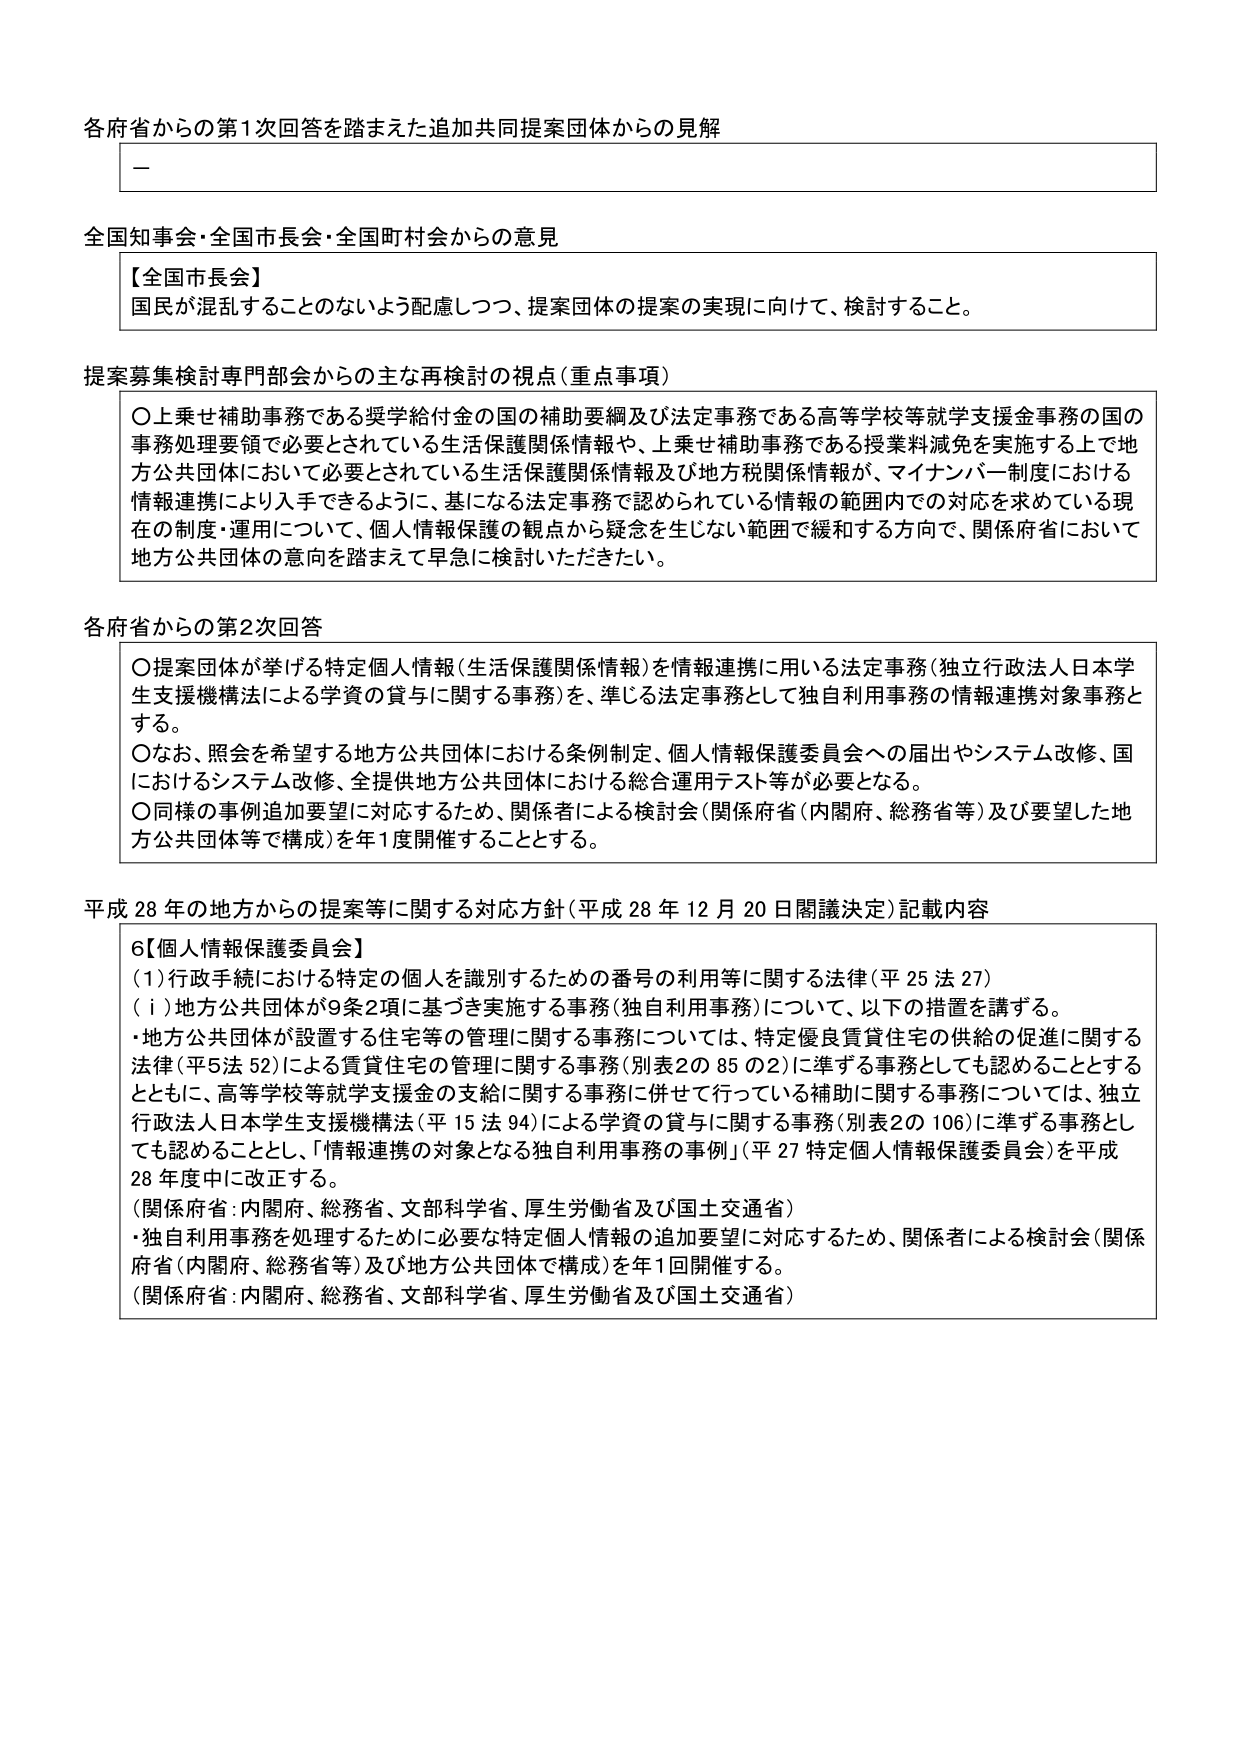
各府省からの第1次回答を踏まえた追加共同提案団体からの見解

—

全国知事会・全国市長会・全国町村会からの意見

【全国市長会】
国民が混乱することのないよう配慮しつつ、提案団体の提案の実現に向けて、検討すること。

提案募集検討専門部会からの主な再検討の視点（重点事項）

〇上乗せ補助事務である奨学給付金の国の補助要綱及び法定事務である高等学校等就学支援金事務の国の事務処理要領で必要とされている生活保護関係情報や、上乗せ補助事務である授業料減免を実施する上で地方公共団体において必要とされている生活保護関係情報及び地方税関係情報が、マイナンバー制度における情報連携により入手できるように、基になる法定事務で認められている情報の範囲内での対応を求めている現在の制度・運用について、個人情報保護の観点から疑念を生じない範囲で緩和する方向で、関係府省において地方公共団体の意向を踏まえて早急に検討いただきたい。

各府省からの第2次回答

〇提案団体が挙げる特定個人情報（生活保護関係情報）を情報連携に用いる法定事務（独立行政法人日本学生支援機構法による学資の貸与に関する事務）を、準じる法定事務として独自利用事務の情報連携対象事務とする。
〇なお、照会を希望する地方公共団体における条例制定、個人情報保護委員会への届出やシステム改修、国におけるシステム改修、全提供地方公共団体における総合運用テスト等が必要となる。
〇同様の事例追加要望に対応するため、関係者による検討会（関係府省（内閣府、総務省等）及び要望した地方公共団体等で構成）を年1度開催することとする。

平成28年の地方からの提案等に関する対応方針（平成28年12月20日閣議決定）記載内容

6【個人情報保護委員会】
（1）行政手続における特定の個人を識別するための番号の利用等に関する法律（平25法27）
（ⅰ）地方公共団体が9条2項に基づき実施する事務（独自利用事務）について、以下の措置を講ずる。
・地方公共団体が設置する住宅等の管理に関する事務については、特定優良賃貸住宅の供給の促進に関する法律（平5法52）による賃貸住宅の管理に関する事務（別表2の85の2）に準ずる事務としても認めることとするとともに、高等学校等就学支援金の支給に関する事務に併せて行っている補助に関する事務については、独立行政法人日本学生支援機構法（平15法94）による学資の貸与に関する事務（別表2の106）に準ずる事務としても認めることとし、「情報連携の対象となる独自利用事務の事例」（平27特定個人情報保護委員会）を平成28年度中に改正する。
（関係府省：内閣府、総務省、文部科学省、厚生労働省及び国土交通省）
・独自利用事務を処理するために必要な特定個人情報の追加要望に対応するため、関係者による検討会（関係府省（内閣府、総務省等）及び地方公共団体で構成）を年1回開催する。
（関係府省：内閣府、総務省、文部科学省、厚生労働省及び国土交通省）